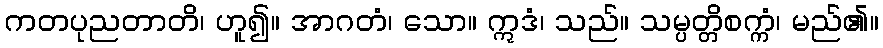
ကတပုညတာတိ၊ ဟူ၍။ အာဂတံ၊ သော။ ဣဒံ၊ သည်။ သမ္ပတ္တိစက္ကံ၊ မည်၏။